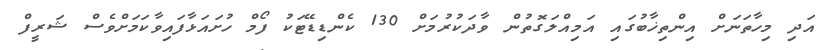
އަދި މިހާތަނަށް އިންތިޚާބުގައި އަމިއްލަގޮތުން ވާދަކުރުމަށް 130 ކެންޑިޑޭޓަކު ފޯމް ހުށައަޅާފައިވާކަމަށްވެސް ޝަރީފް